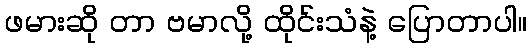
ဖမားဆို တာ ဗမာလို့ ထိုင်းသံနဲ့ ပြောတာပါ။